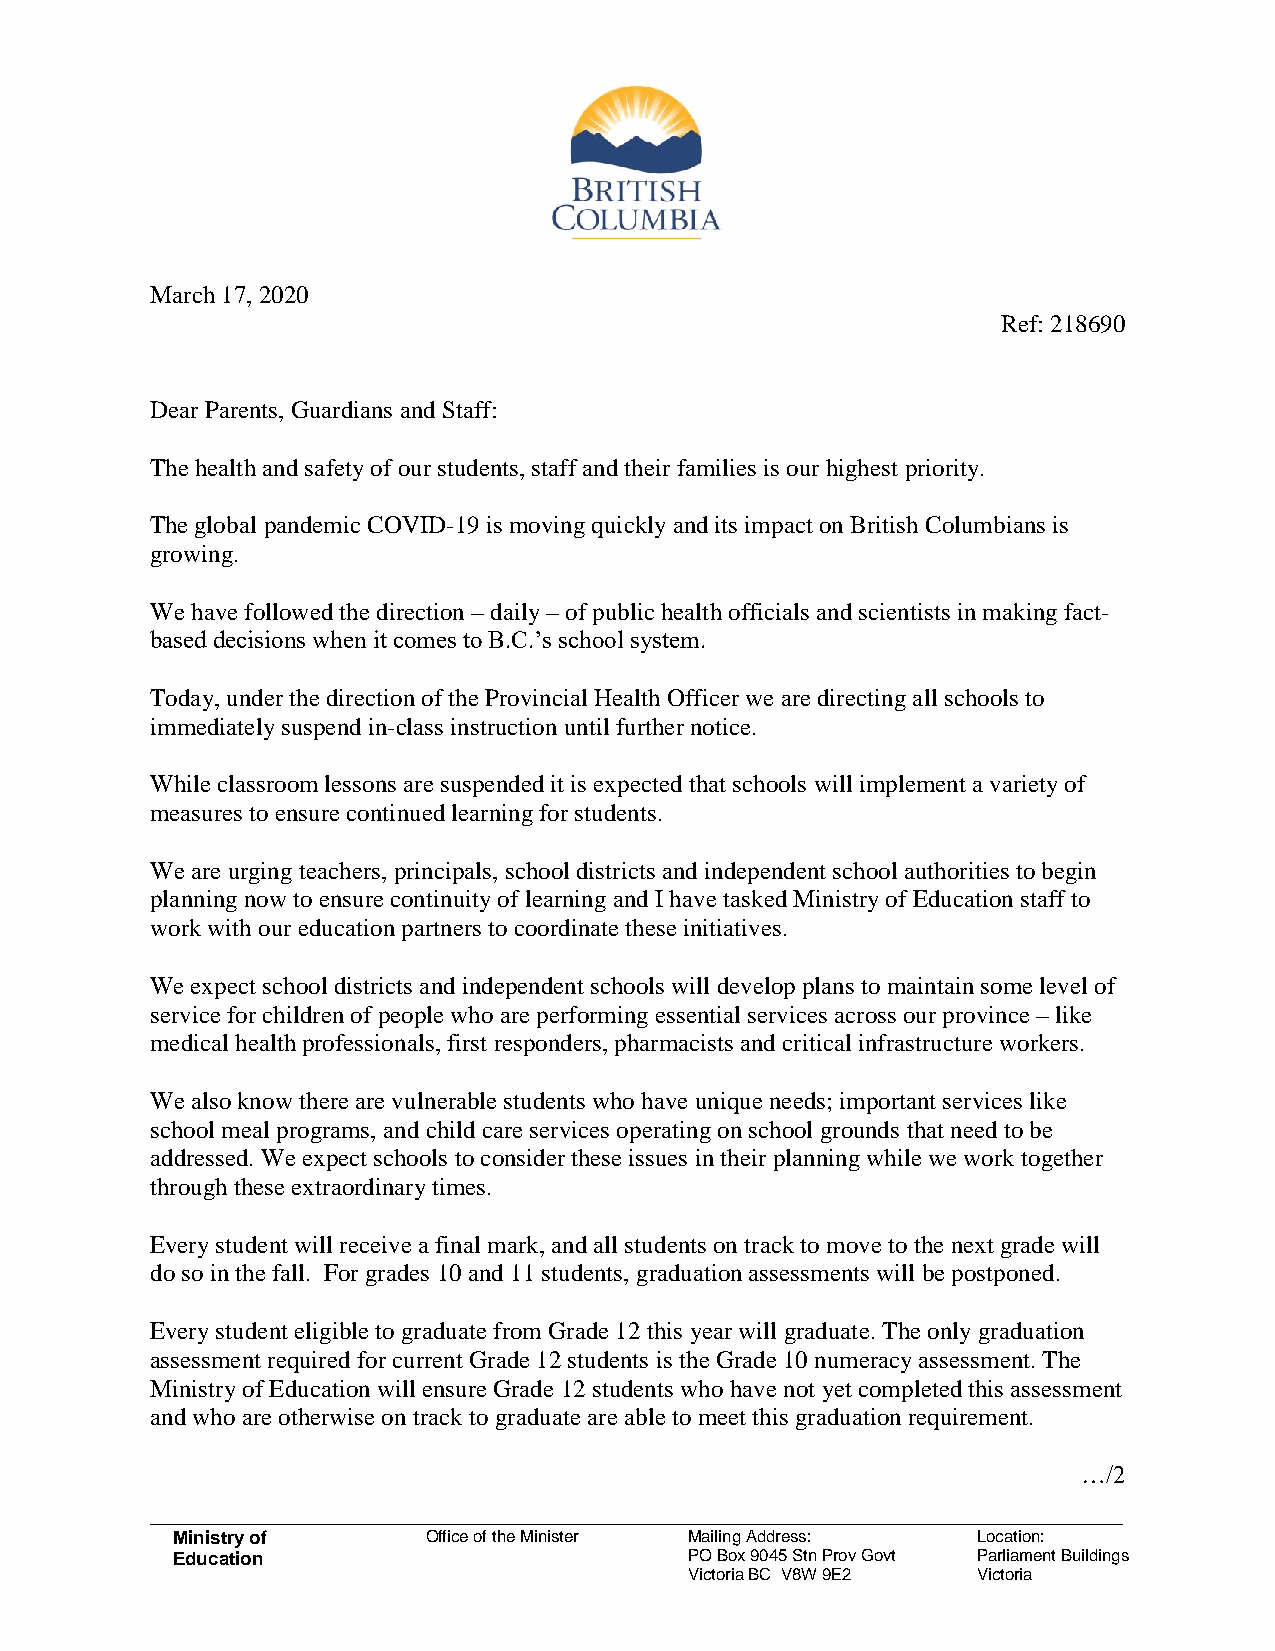
March 17, 2020
 Ref: 218690
 Dear Parents, Guardians and Staff:
 The health and safety of our students, staff and their families is our highest priority.
 The global pandemic COVID-19 is moving quickly and its impact on British Columbians is
 growing.
 We have followed the direction – daily – of public health officials and scientists in making fact-
 based decisions when it comes to B.C.’s school system.
 Today, under the direction of the Provincial Health Officer we are directing all schools to
 immediately suspend in-class instruction until further notice.
 While classroom lessons are suspended it is expected that schools will implement a variety of
 measures to ensure continued learning for students.
 We are urging teachers, principals, school districts and independent school authorities to begin
 planning now to ensure continuity of learning and I have tasked Ministry of Education staff to
 work with our education partners to coordinate these initiatives.
 We expect school districts and independent schools will develop plans to maintain some level of
 service for children of people who are performing essential services across our province – like
 medical health professionals, first responders, pharmacists and critical infrastructure workers.
 We also know there are vulnerable students who have unique needs; important services like
 school meal programs, and child care services operating on school grounds that need to be
 addressed. We expect schools to consider these issues in their planning while we work together
 through these extraordinary times.
 Every student will receive a final mark, and all students on track to move to the next grade will
 do so in the fall. For grades 10 and 11 students, graduation assessments will be postponed.
 Every student eligible to graduate from Grade 12 this year will graduate. The only graduation
 assessment required for current Grade 12 students is the Grade 10 numeracy assessment. The
 Ministry of Education will ensure Grade 12 students who have not yet completed this assessment
 and who are otherwise on track to graduate are able to meet this graduation requirement.
 …/2
 ____________________________________________________________________________________
 Ministry of      Office of the Minister Mailing Address: Location:
 Education                          PO Box 9045 Stn Prov Govt Parliament Buildings
 Victoria BC V8W 9E2 Victoria